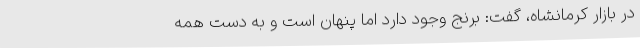
در بازار کرمانشاه، گفت: برنج وجود دارد اما پنهان است و به دست همه